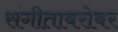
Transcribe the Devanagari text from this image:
संगीताबरोबर